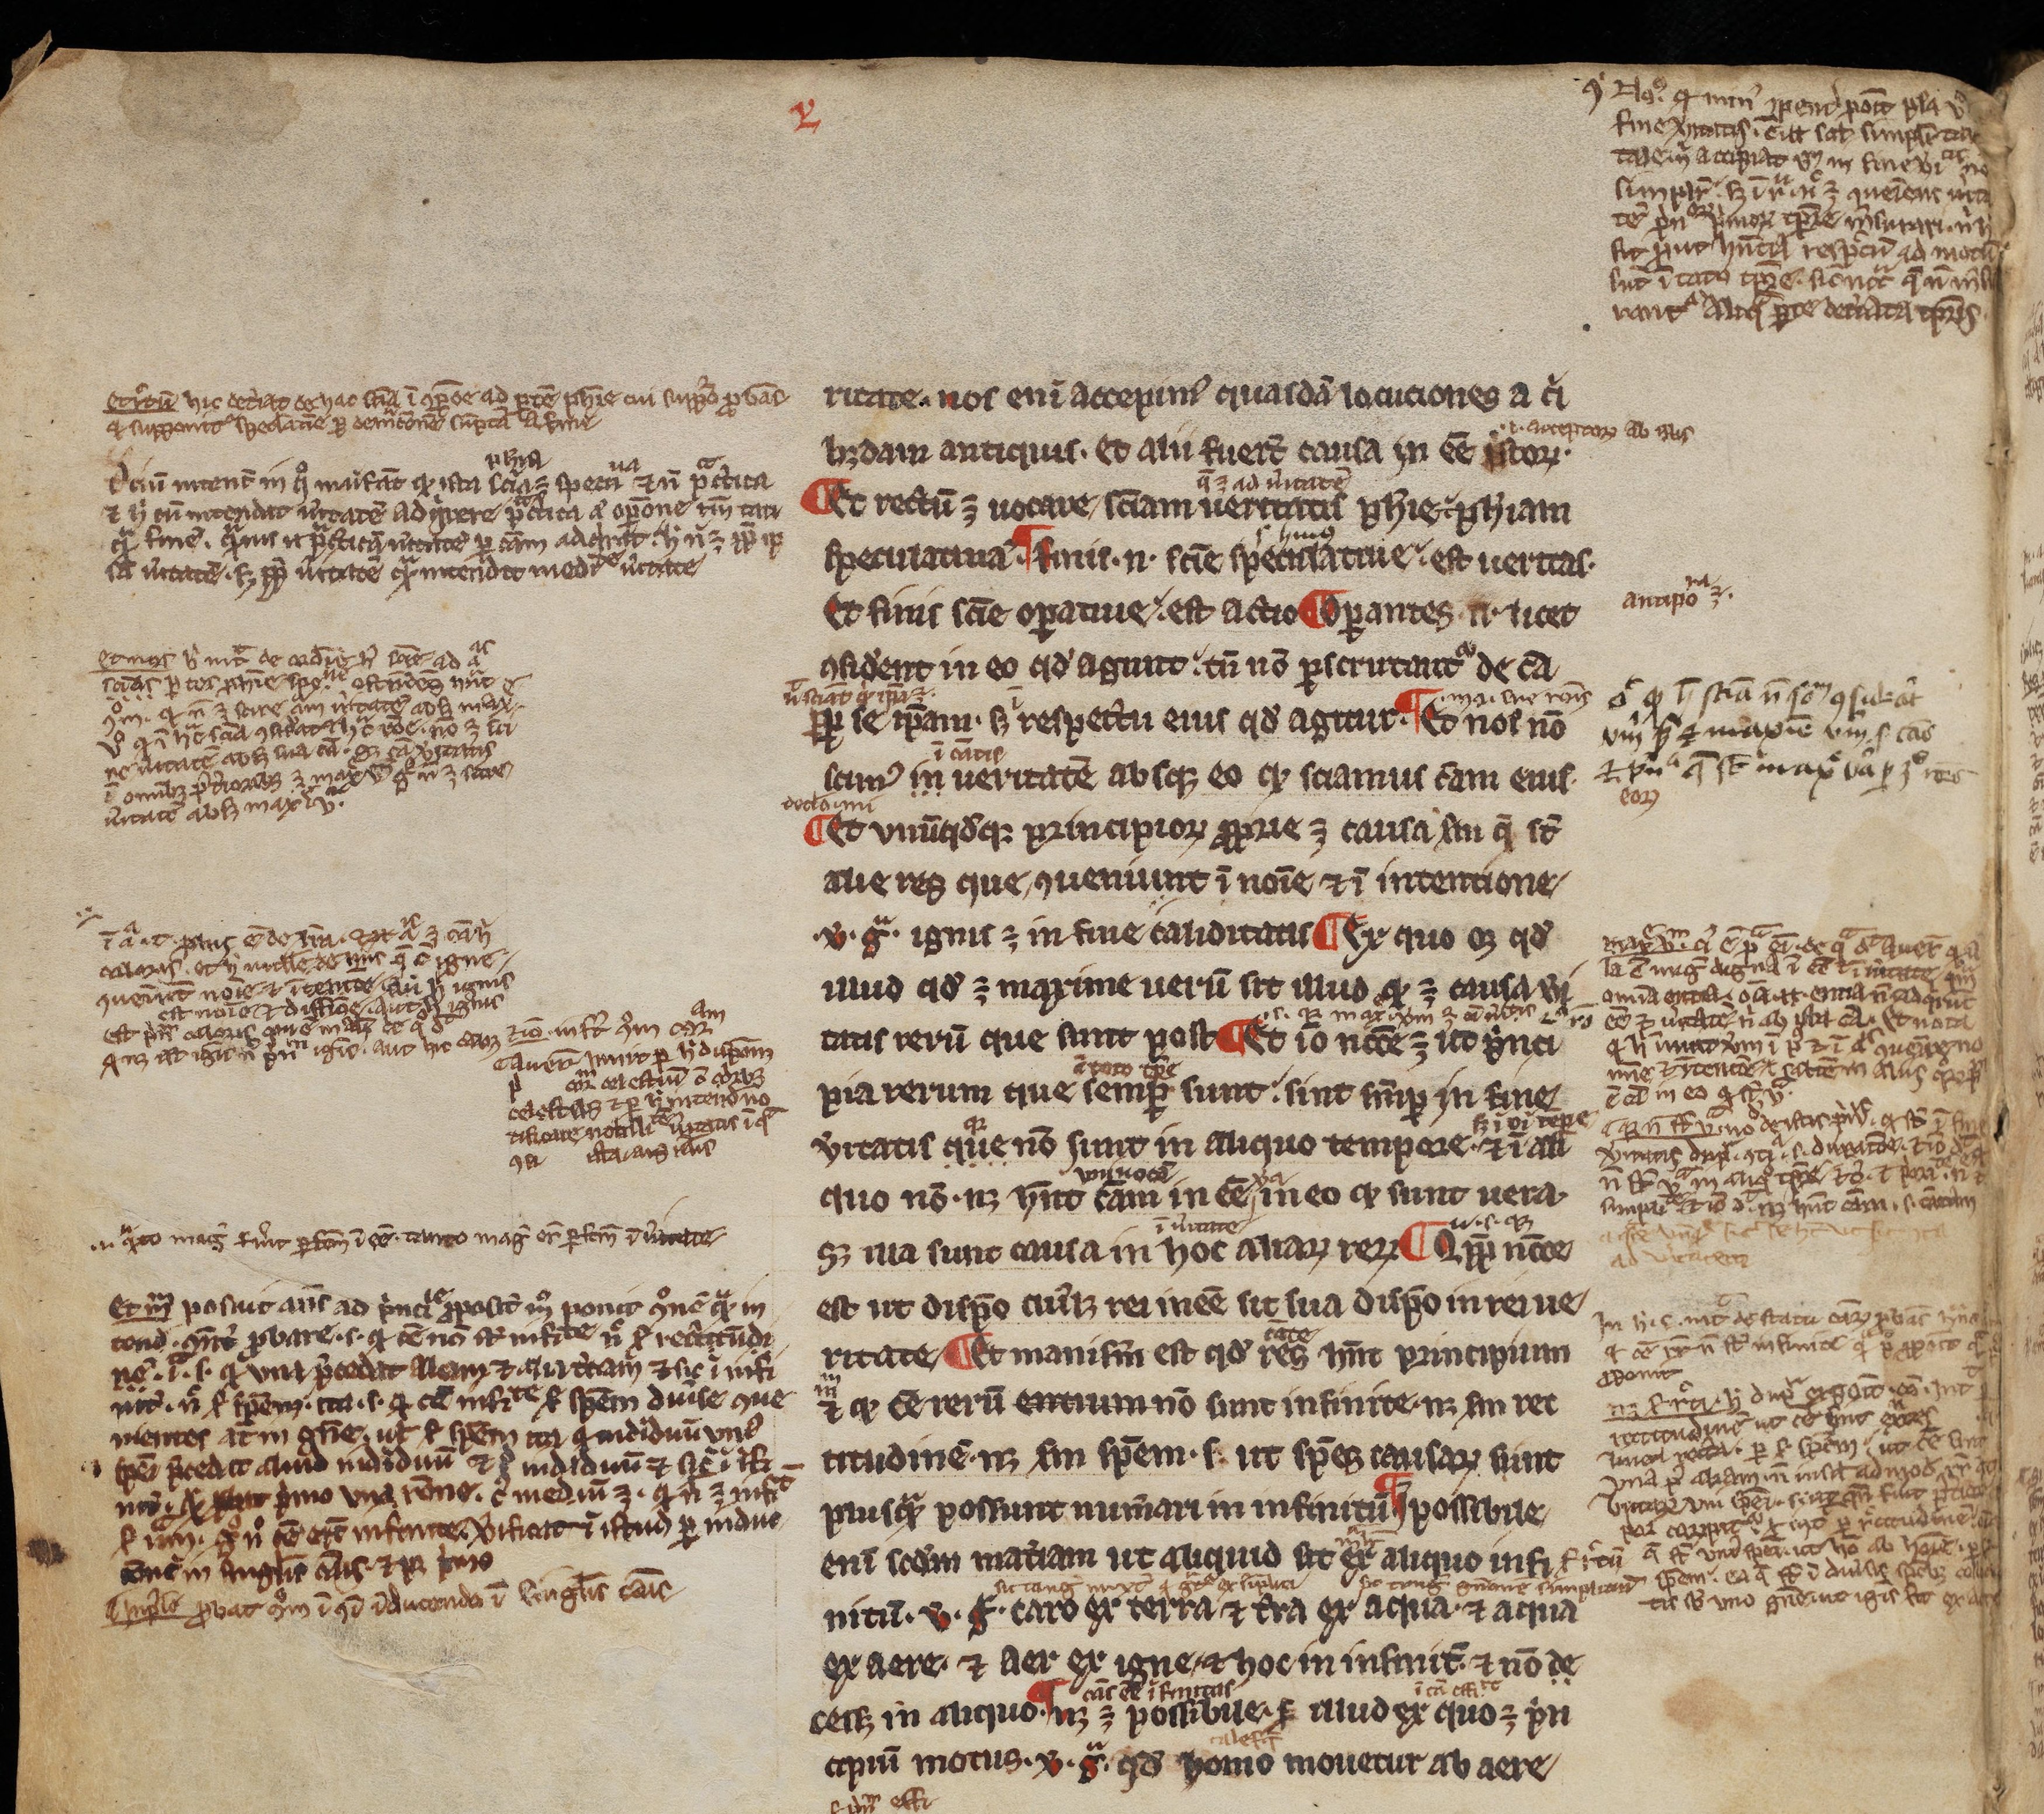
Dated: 1200–1299